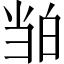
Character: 𬐉